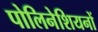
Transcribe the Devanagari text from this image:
पोलिनेशियनों